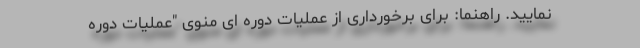
نمایید. راهنما: برای برخورداری از عملیات دوره ای منوی "عملیات دوره